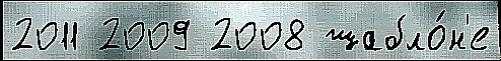
2011 2009 2008 шабло́н'е